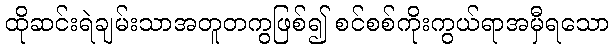
ထိုဆင်းရဲချမ်းသာအတူတကွဖြစ်၍ စင်စစ်ကိုးကွယ်ရာအမှီရသော